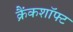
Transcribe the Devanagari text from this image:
क्रैंकशॉफ्ट